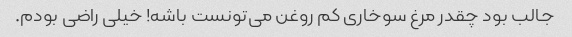
جالب بود چقدر مرغ سوخاری کم روغن می‌تونست باشه! خیلی راضی بودم.